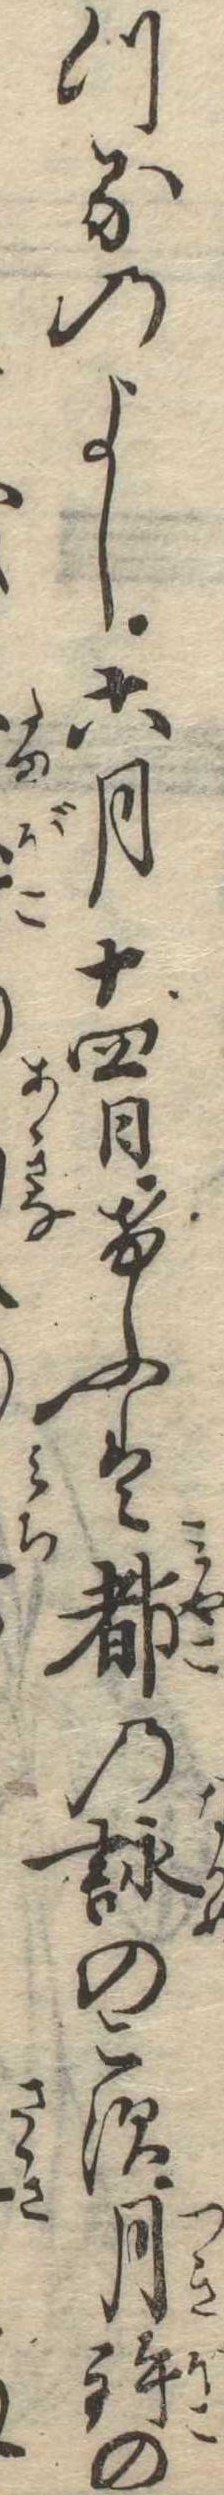
つるのよし六月十四日けふは都の詠のこす月鉾の